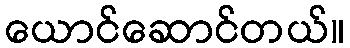
ယောင်ဆောင်တယ်။